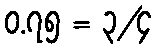
၀.၇၅ = ၃/၄